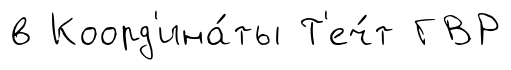
в Коорд'ина́ты Т'еч́т ГВР